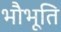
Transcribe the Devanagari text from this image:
भौभूति